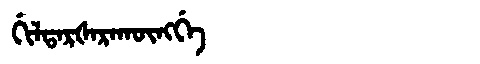
Manchu: ᡤᡳᠯᡨᠠᡵᡧᠠᡵᠠᡴᡡᠩᡤᡝ
Romanization: GILTARŠARAKŪNGGE